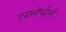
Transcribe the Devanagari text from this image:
एमसीव्हीसी